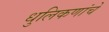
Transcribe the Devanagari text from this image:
धुलिकणांचे